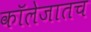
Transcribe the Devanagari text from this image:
कॉलेजातच